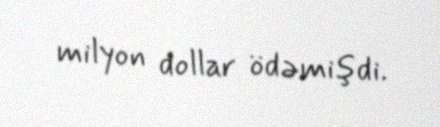
milyon dollar ödəmişdi.